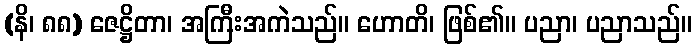
(နိ၊ ၈၈) ဇေဋ္ဌိတာ၊ အကြီးအကဲသည်။ ဟောတိ၊ ဖြစ်၏။ ပညာ၊ ပညာသည်။